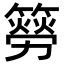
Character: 簩